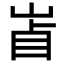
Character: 𡷚